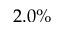
2 . 0 \%